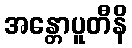
အန္တောပူတီနိ